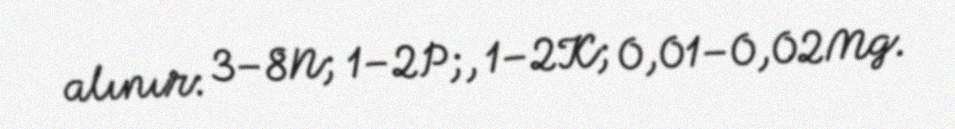
alınır: 3–8N; 1–2P;, 1–2K; 0,01–0,02Mg.